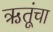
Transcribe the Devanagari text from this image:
ऋतूंचा